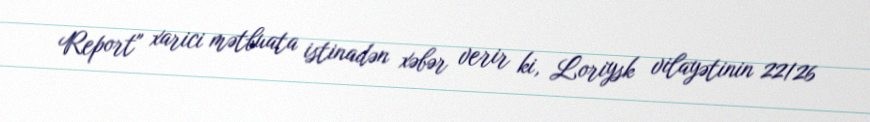
Report" xarici mətbuata istinadən xəbər verir ki, Loriysk vilayətinin 22/26